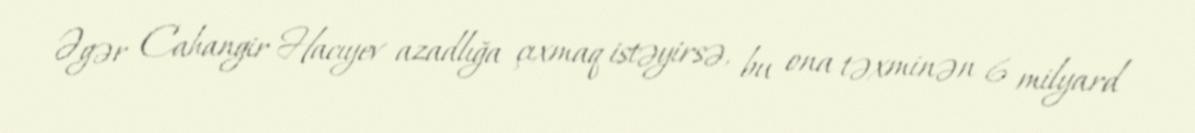
Əgər Cahangir Hacıyev azadlığa çıxmaq istəyirsə, bu ona təxminən 6 milyard